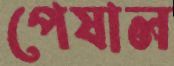
পেষাল